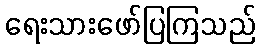
ရေးသားဖော်ပြကြသည်